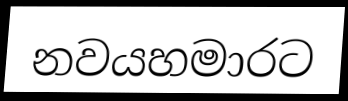
නවයහමාරට